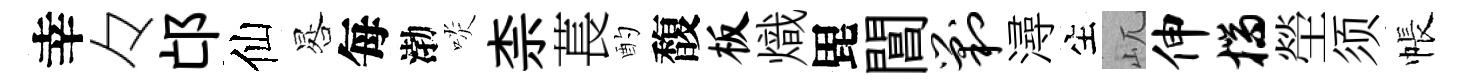
幸々邙仙晷每渤啖柰萇酌馥板熾毘閶剿潯生屼伸揣塋须帳